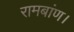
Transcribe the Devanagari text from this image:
रामबांण।